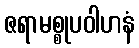
ဇရာမစ္စုပဝါဟနံ